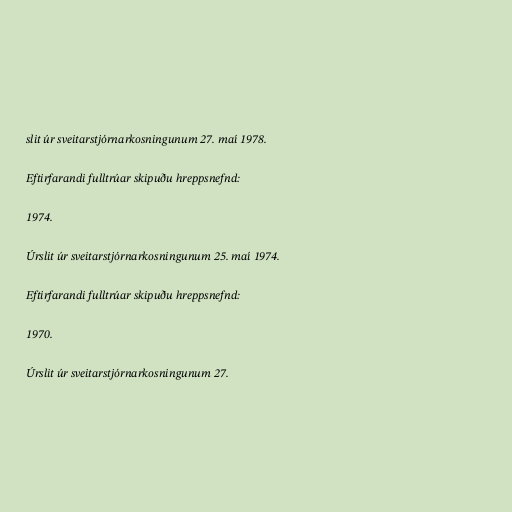
slit úr sveitarstjórnarkosningunum 27. maí 1978.

Eftirfarandi fulltrúar skipuðu hreppsnefnd:

1974.

Úrslit úr sveitarstjórnarkosningunum 25. maí 1974.

Eftirfarandi fulltrúar skipuðu hreppsnefnd:

1970.

Úrslit úr sveitarstjórnarkosningunum 27.